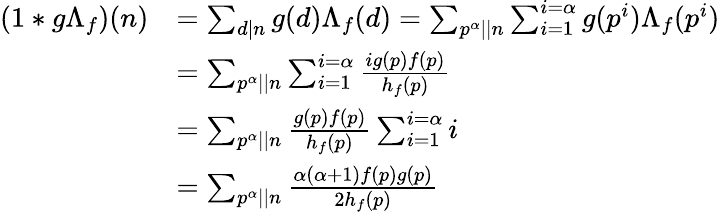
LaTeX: \begin{array}{rl}{\left(1\ast g\Lambda_{f}\right)(n)}&{=\sum_{d\mid n}g(d)\Lambda_{f}(d)=\sum_{p^{\alpha}||n}\sum_{i=1}^{i=\alpha}g(p^{i})\Lambda_{f}(p^{i})}\\ &{=\sum_{p^{\alpha}||n}\sum_{i=1}^{i=\alpha}\frac{ig(p)f(p)}{h_{f}(p)}}\\ &{=\sum_{p^{\alpha}||n}\frac{g(p)f(p)}{h_{f}(p)}\sum_{i=1}^{i=\alpha}i}\\ &{=\sum_{p^{\alpha}||n}\frac{\alpha(\alpha+1)f(p)g(p)}{2h_{f}(p)}}\end{array}